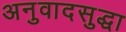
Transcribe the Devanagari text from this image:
अनुवादसुद्धा